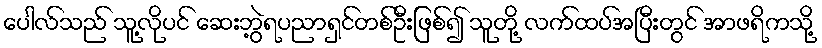
ပေါလ်သည် သူ့လိုပင် ဆေးဘွဲ့ရပညာရှင်တစ်ဦးဖြစ်၍ သူတို့ လက်ထပ်အပြီးတွင် အာဖရိကသို့